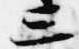
三